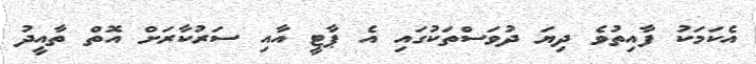
އެކަމަކު ފާއިތުވެ ދިޔަ ދުވަސްތަކުގައި އެ ޕާޓީ އާއި ސަރުކާރަށް އޮތް ތާއީދު